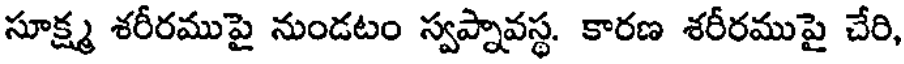
సూక్ష్మ శరీరముపై నుండటం స్వప్నావస్థ. కారణ శరీరముపై చేరి,